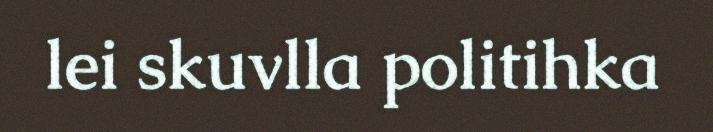
lei skuvlla politihka